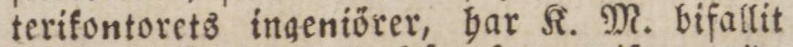
terikontorets ingeniörer, har K. M. bifallit